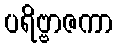
ပရိဗ္ဗာဇကာ